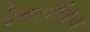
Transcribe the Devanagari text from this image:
ऐकरोंशिया